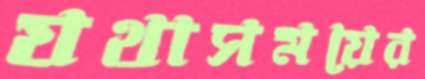
যথাসময়ের